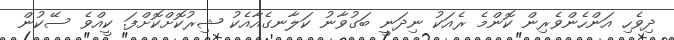
ދިވެހި އަންހެންވެރިން ކޮންމެ ރެއަކު ނިދަނީ ބަގުވާނު ކަލާނގެއާއެކު ޝިރުކޮށްކޮށްފަ. ކީއްވެ ސޭކުން